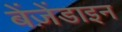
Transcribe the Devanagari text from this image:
बेंज़ेंडाइन